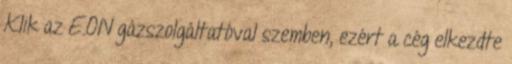
Klik az E.ON gázszolgáltatóval szemben, ezért a cég elkezdte